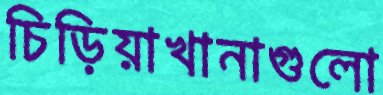
চিড়িয়াখানাগুলো